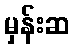
မှန်းဆ